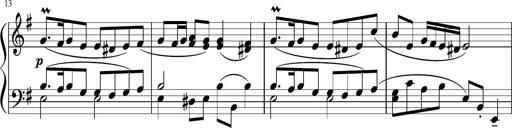
Title: 12 Keyboard Sonatinas
Composer: James Hook